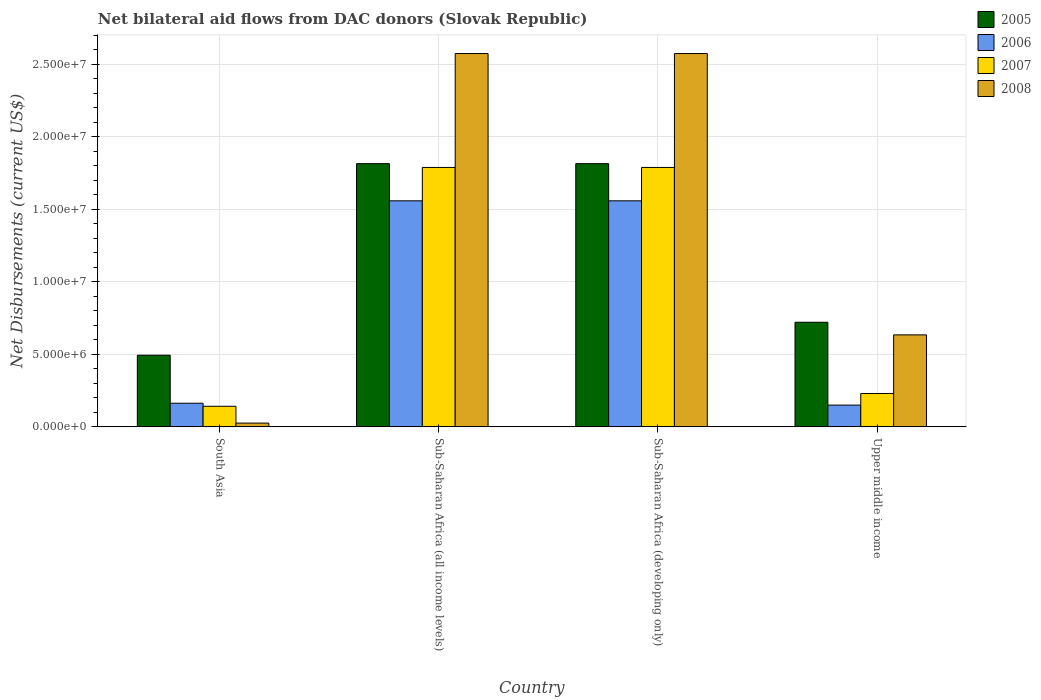
| Country | 2005 | 2006 | 2007 | 2008 |
 | --- | --- | --- | --- | --- |
 | South Asia | 4.94e+06 | 1.63e+06 | 1.42e+06 | 2.6e+05 |
 | Sub-Saharan Africa (all income levels) | 1.81e+07 | 1.56e+07 | 1.79e+07 | 2.57e+07 |
 | Sub-Saharan Africa (developing only) | 1.81e+07 | 1.56e+07 | 1.79e+07 | 2.57e+07 |
 | Upper middle income | 7.21e+06 | 1.5e+06 | 2.3e+06 | 6.34e+06 |